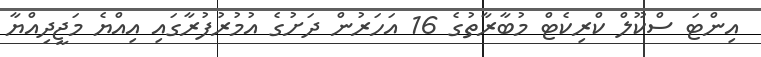
އިންޓަ ސްކޫލް ކްރިކެޓް މުބާރާތުގެ 16 އަހަރުން ދަށުގެ އުމުރުފުރާގައި އިއްޔެ މަޖީދިއްޔާ